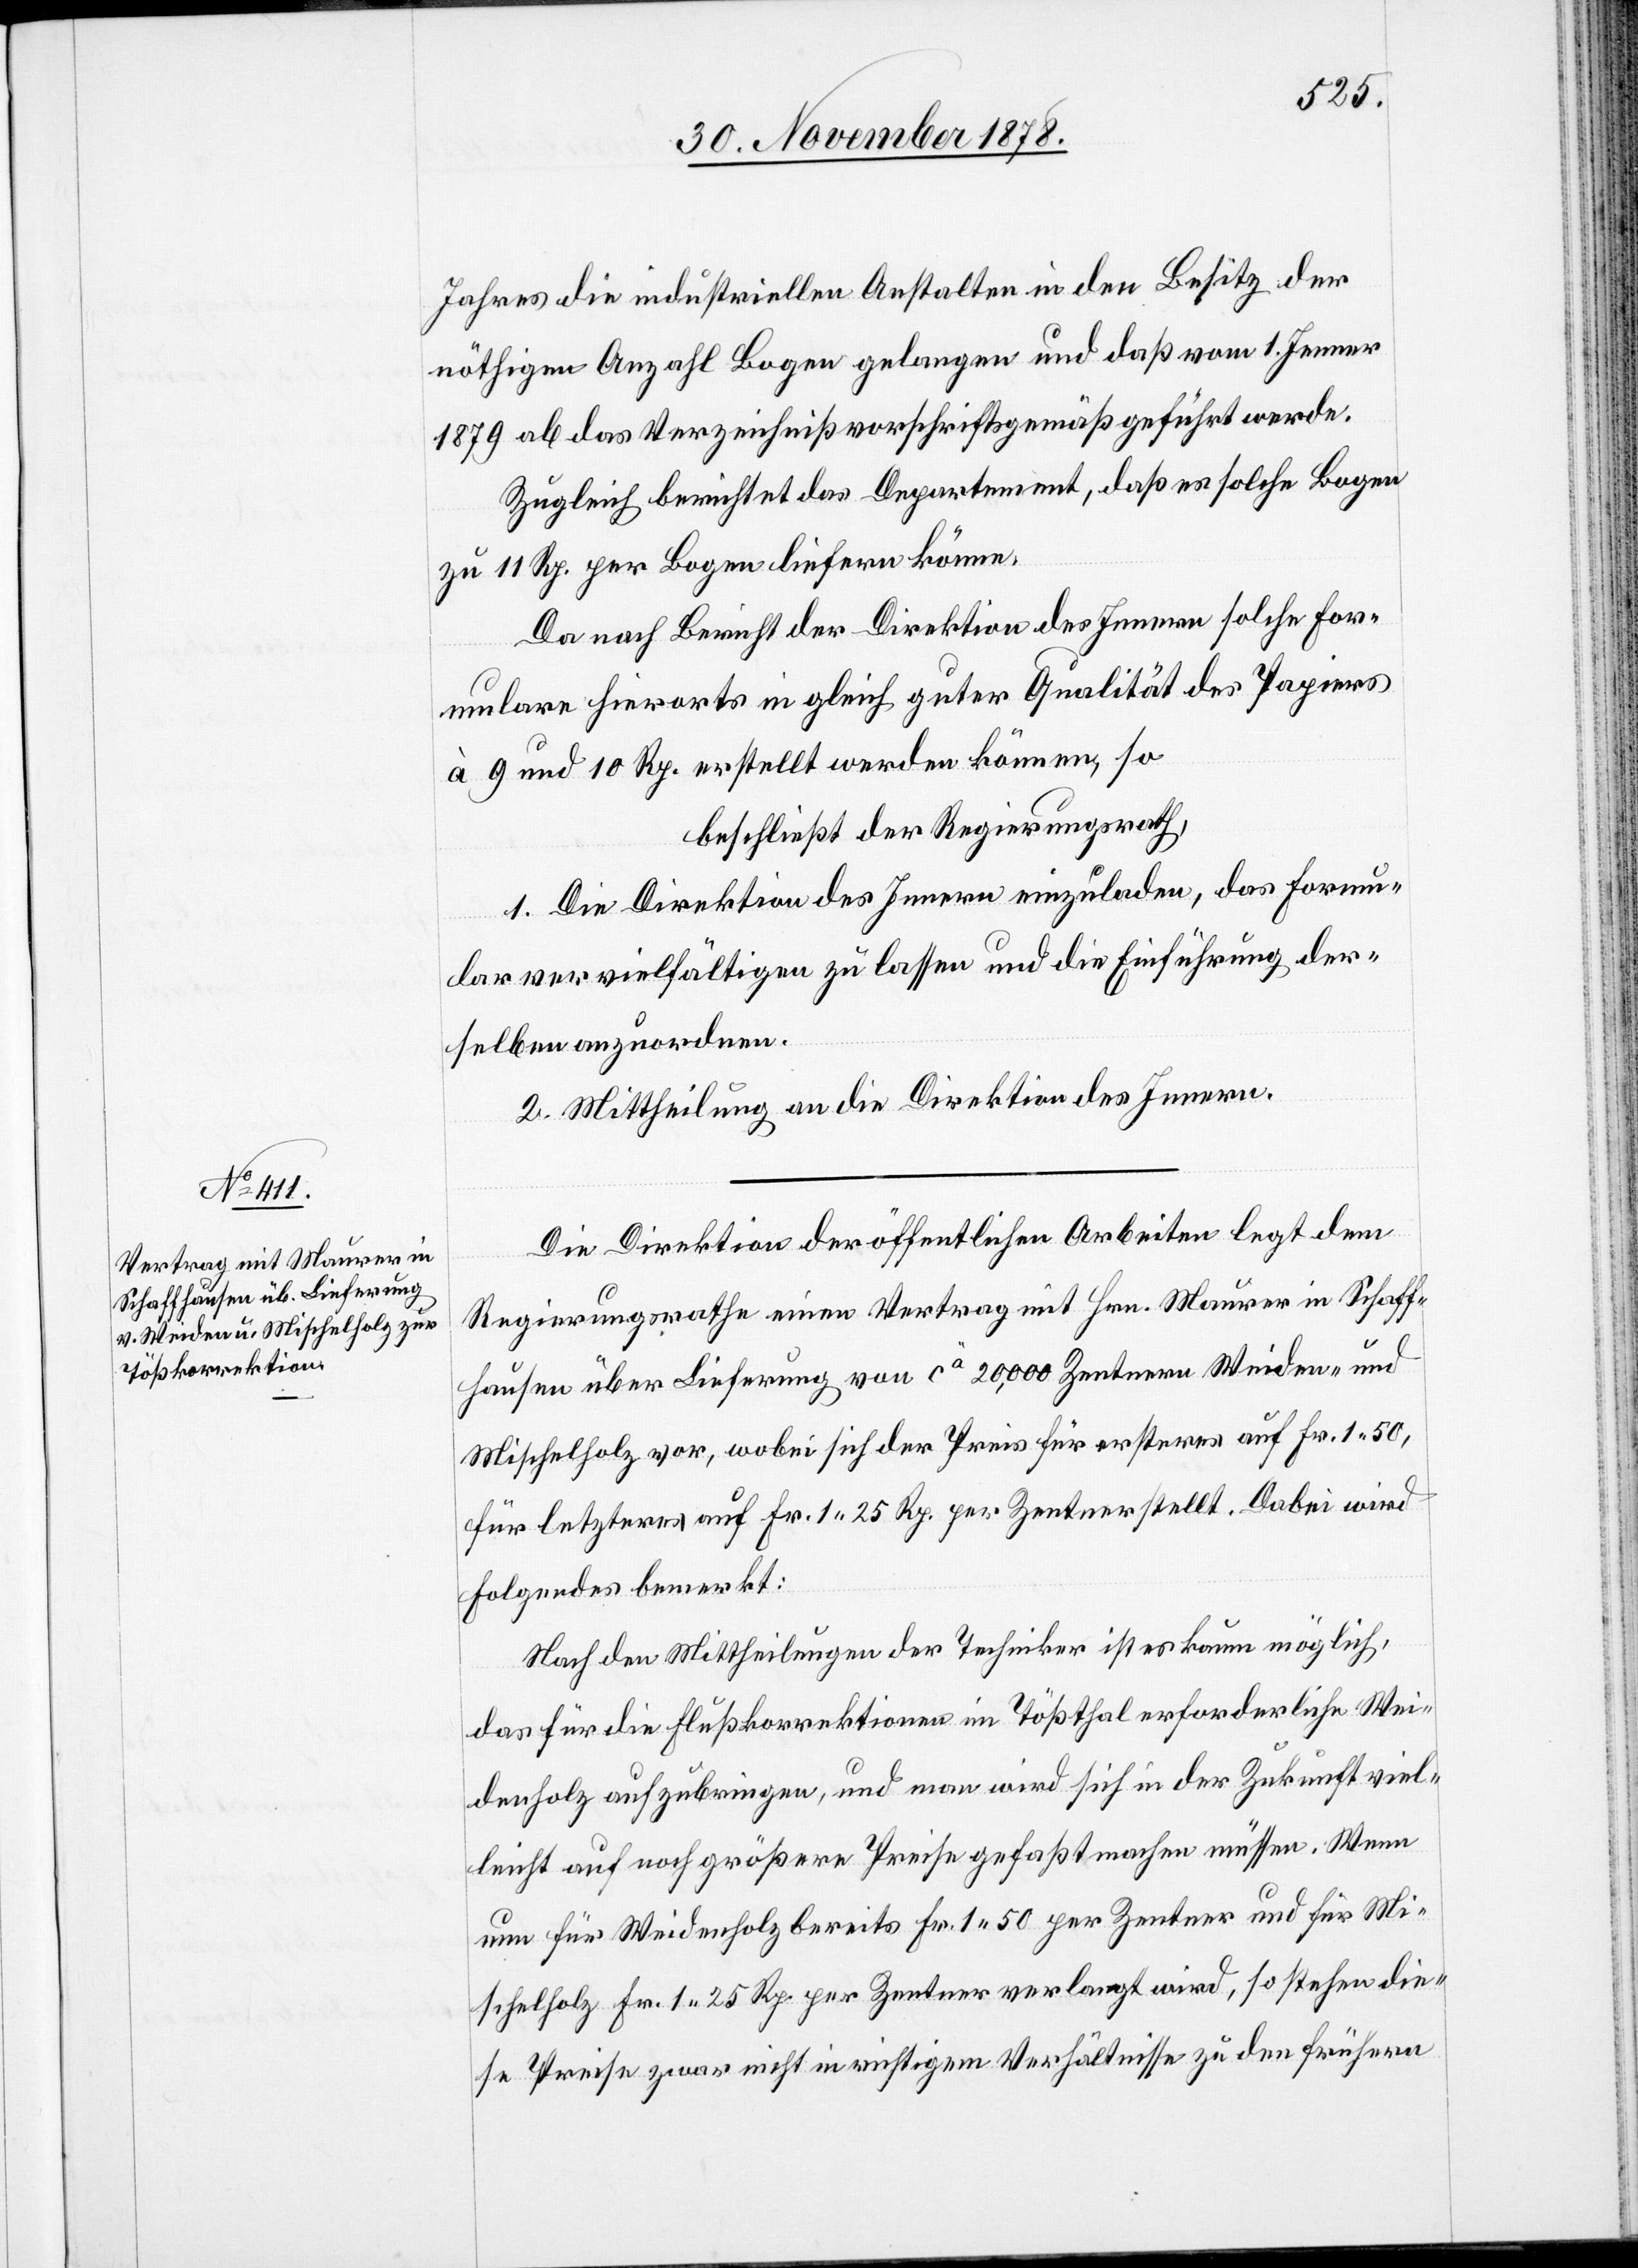
Jahres die industriellen Anstalten in den Besitz der
nöthigen Anzahl Bogen gelangen und daß vom 1. Jenner
1879 ab das Verzeichniß vorschriftsgemäß geführt werde.
Zugleich berichtet das Departement, daß es solche Bogen
zu 11 Rp. per Bogen liefern könne.
Da nach Bericht der Direktion des Innern solche For¬
mulare hierorts in gleich guter Qualität des Papiers
à 9 und 10 Rp. erstellt werden können, so
beschließt der Regierungsrath,
1. Die Direktion des Innern einzuladen, das Formu¬
lar vielfältigen zu lassen und die Einführung der¬
selben anzuordnen.
2. Mittheilung an die Direktion des Innern.
Die Direktion der öffentlichen Arbeiten legt dem
Regierungsrathe einen Vertrag mit Hrn. Maurer in Schaff¬
hausen über Lieferung von ca 20,000 Zentnern Weiden- und
Mischelholz vor, wobei sich der Preis für ersteres auf Fr. 1 50
für letzteres auf Fr. 1 25 Rp. per Zentner stellt. Dabei wird
folgendes bemerkt:
Nach den Mittheilungen der Techniker ist es kaum möglich,
das für die Flusskorrektionen im Tößthal erforderliche Wei¬
denholz aufzubringen, und man wird sich in der Zukunft viel¬
leicht auf noch größere Preise gefaßt machen müssen. Wenn
nun für Weidenholz bereits Fr. 1 50 per Zentner und für Mi¬
schelholz Fr. 1 25 Rp. per Zentner verlangt wird, so stehen die¬
se Preise zwar nicht in richtigem Verhältnisse zu den frühern